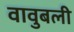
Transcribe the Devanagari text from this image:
वावुबली